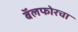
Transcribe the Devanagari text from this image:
बॅलफोरचा